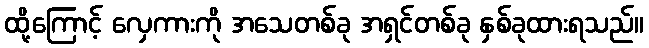
ထို့ကြောင့် လှေကားကို အသေတစ်ခု အရှင်တစ်ခု နှစ်ခုထားရသည်။